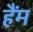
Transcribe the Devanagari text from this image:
हैंम